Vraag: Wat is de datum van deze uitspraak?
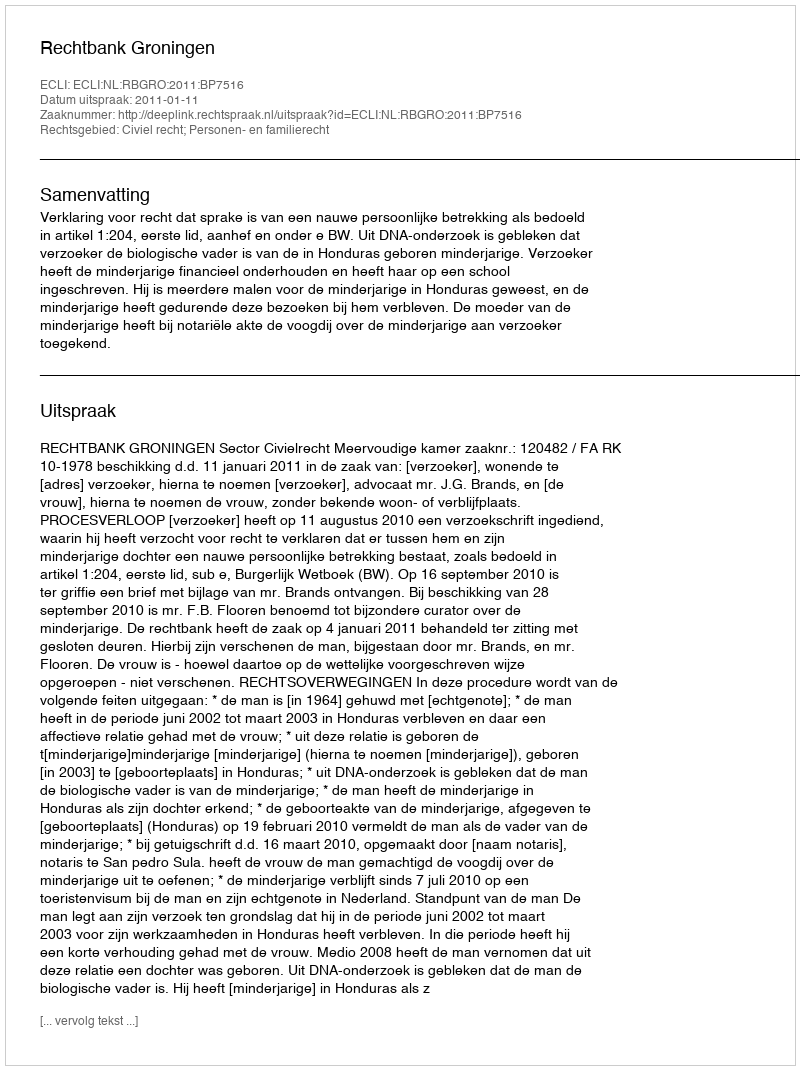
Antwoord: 2011-01-11